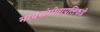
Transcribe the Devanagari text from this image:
भावसंगीतापलिकडे